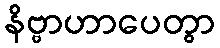
နိဗ္ဗာဟာပေတွာ